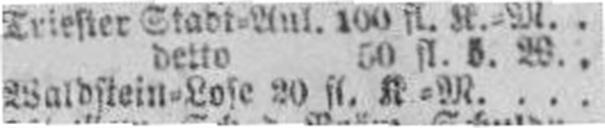
Waldstein=Lose 20 fl. K=M.